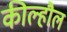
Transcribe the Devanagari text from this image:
कील्हौल